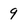
Character: 9